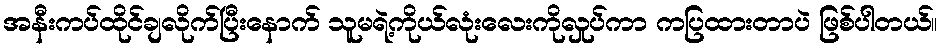
အနီးကပ်ထိုင်ချလိုက်ပြီးနောက် သူမရဲ့ကိုယ်လုံးလေးကိုလှုပ်ကာ ကပြထားတာပဲ ဖြစ်ပါတယ်။